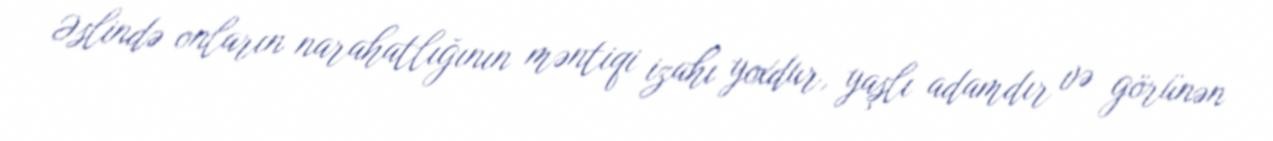
Əslində onların narahatlığının məntiqi izahı yoxdur, yaşlı adamdır və görünən